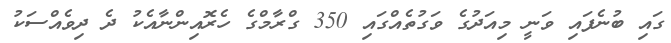
ގައި ބުނެފައި ވަނީ މިއަދުގެ ވަގުތެއްގައި 350 ގްރާމްގެ ހެރޮއިންނާއެކު ދެ ދިވެއްސަކު